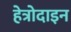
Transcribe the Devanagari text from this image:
हेत्रोदाइन